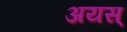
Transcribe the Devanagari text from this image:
अयस्‌